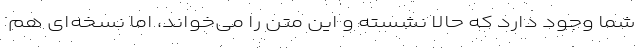
شما وجود دارد که حالا نشسته و این متن را می‌خواند، اما نسخه‌ای هم